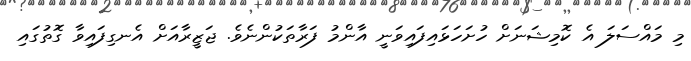
މި މައްސަލަ އެ ކޮމިޝަނަށް ހުށަހަޅައިފައިވަނީ އާންމު ފަރާތަކުންނެވެ. ޖަޒީރާއަށް އެނގިފައިވާ ގޮތުގައި